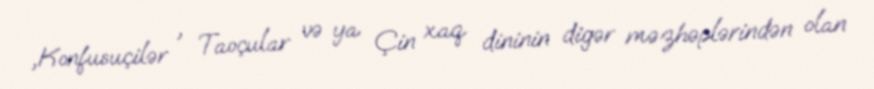
,Konfusuçilər , Taoçular və ya Çin xaq dininin digər məzhəplərindən olan